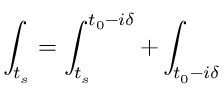
\int _ { t _ { s } } = \int _ { t _ { s } } ^ { t _ { 0 } - i \delta } + \int _ { t _ { 0 } - i \delta }